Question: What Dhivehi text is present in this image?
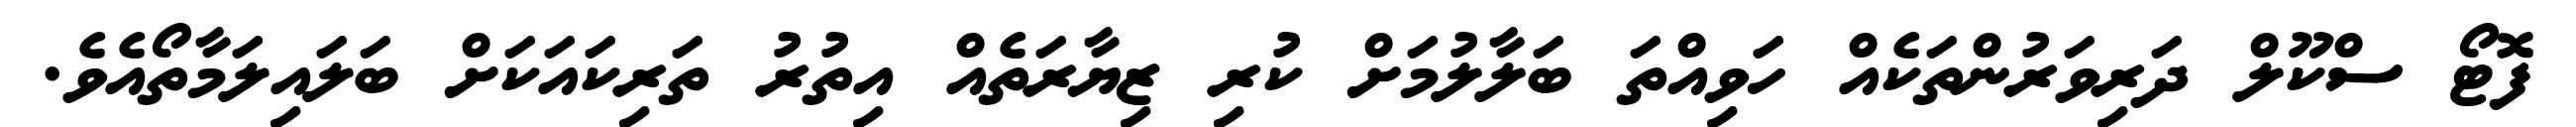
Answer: ފޮޓޯ ސްކޫލް ދަރިވަރުންތަކެއް ހަވިއްތަ ބަލާލުމަށް ކުރި ޒިޔާރަތެއް އިތުރު ތަރިކައަކަށް ބަލައިލަމާތޯއެވެ.